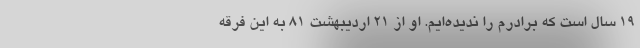
۱۹ سال است که برادرم را ندیده‌ایم. او از ۲۱ اردیبهشت ۸۱ به این فرقه